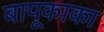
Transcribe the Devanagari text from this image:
बापूकाका